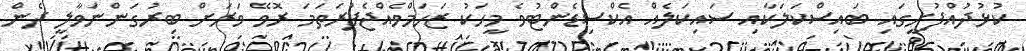
ކުޅުދުއްފުށީގައި ބައިސްކަލަކާއި ސައިކަލެއް އެކްސިޑެންޓުވެ މީހަކު ޒަހަމްވެއްޖެފުރަތަމަ ރޮވޭ ވަރަށް ބިރުގަންނަވާލީ ދެން